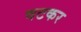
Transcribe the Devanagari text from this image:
वटकर